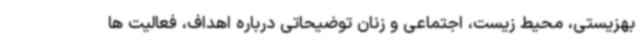
بهزیستی، محیط زیست، اجتماعی و زنان توضیحاتی درباره اهداف، فعالیت ها